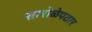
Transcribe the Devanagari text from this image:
सारोळेपठार